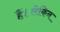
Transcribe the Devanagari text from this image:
हैं।लेकिन